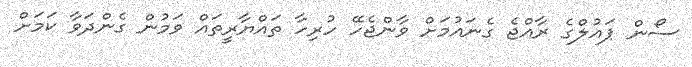
ސޯން ޕައުލްގެ ރާއްޖެ ގެނައުމަށް ވާންޖެހޭ ހުރިހާ ތައްޔާރީތައް ވަމުން ގެންދަވާ ކަމަށް